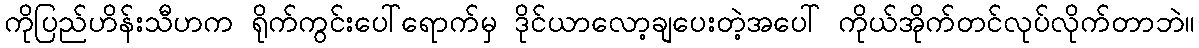
ကိုပြည်ဟိန်းသီဟက ရိုက်ကွင်းပေါ်ရောက်မှ ဒိုင်ယာလော့ချပေးတဲ့အပေါ် ကိုယ်အိုက်တင်လုပ်လိုက်တာဘဲ။